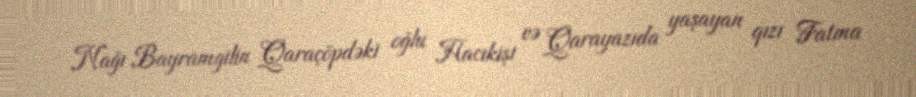
Nağı Bayramgilin Qaraçöpdəki oğlu Hacıkişi və Qarayazıda yaşayan qızı Fatma